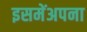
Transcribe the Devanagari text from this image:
इसमेंअपना